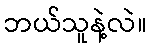
ဘယ်သူနဲ့လဲ။